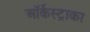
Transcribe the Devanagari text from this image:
ऑर्केस्ट्राका